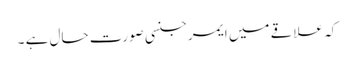
کہ علاقے میں ایمرجنسی صورت حال ہے ۔